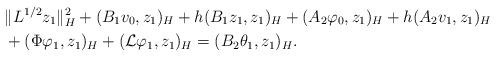
LaTeX: \begin{align*}&\|L^{1/2}z_{1}\|_{H}^2 + (B_{1}v_{0}, z_{1})_{H} + h(B_{1}z_{1}, z_{1})_{H} + (A_{2}\varphi_{0}, z_{1})_{H} + h(A_{2}v_{1}, z_{1})_{H} \\ &+ (\Phi\varphi_{1}, z_{1})_{H} + ({\cal L}\varphi_{1}, z_{1})_{H} = (B_{2}\theta_{1}, z_{1})_{H}. \end{align*}